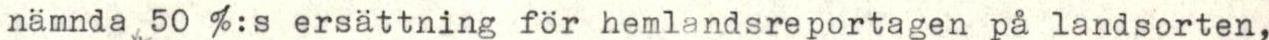
nämnda 50 %:s ersättning for hemlandsreportagen på landsorten,